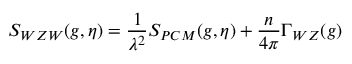
{ \cal S } _ { W Z W } ( g , \eta ) = { \frac { 1 } { \lambda ^ { 2 } } } { \cal S } _ { P C M } ( g , \eta ) + { \frac { n } { 4 \pi } } \Gamma _ { W Z } ( g )